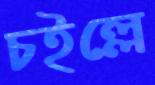
চইল্লে